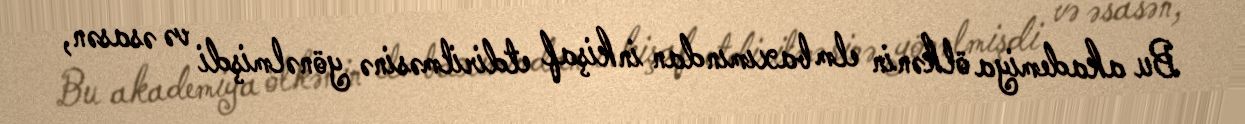
Bu akademiya ölkənin elm baxımından inkişaf etdirilməsinə yönəlmişdi və əsasən,